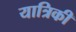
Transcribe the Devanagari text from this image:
यात्रिकी